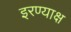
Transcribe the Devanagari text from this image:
इरण्याक्ष